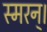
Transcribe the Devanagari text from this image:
स्मरन्‌।